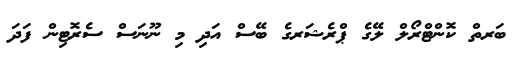
ބަރތް ކޮންޓްރޯލް ލޭގެ ޕްރެޝަރގެ ބޭސް އަދި މި ނޫނަސް ސެރޮޓިން ފަދަ